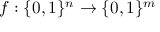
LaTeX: f : \{ 0 , 1 \} ^ { n } \rightarrow \{ 0 , 1 \} ^ { m }